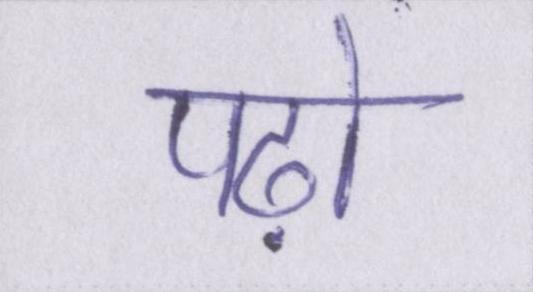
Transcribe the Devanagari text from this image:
पढ़ो